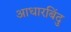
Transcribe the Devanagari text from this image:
आधारबिंदु